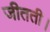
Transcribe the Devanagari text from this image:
जीतती।